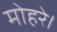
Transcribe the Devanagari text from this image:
मोहरे।